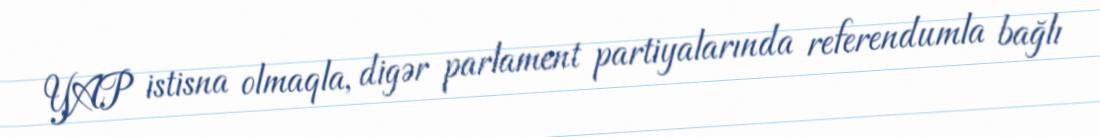
YAP istisna olmaqla, digər parlament partiyalarında referendumla bağlı